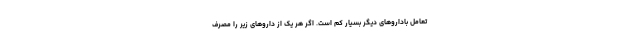
تعامل باداروهای دیگر بسیار کم است. اگر هر یک از داروهای زیر را مصرف